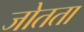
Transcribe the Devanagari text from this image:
जोतता